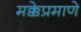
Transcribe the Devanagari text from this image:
मक्केप्रमाणे